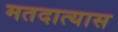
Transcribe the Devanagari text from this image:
मतदात्यास